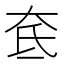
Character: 奃